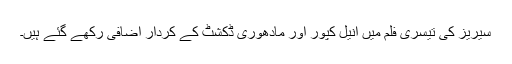
سیریز کی تیسری فلم میں انیل کپور اور مادھوری ڈکشٹ کے کردار اضافی رکھے گئے ہیں۔